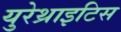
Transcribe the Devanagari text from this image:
युरेथ्राइटिस